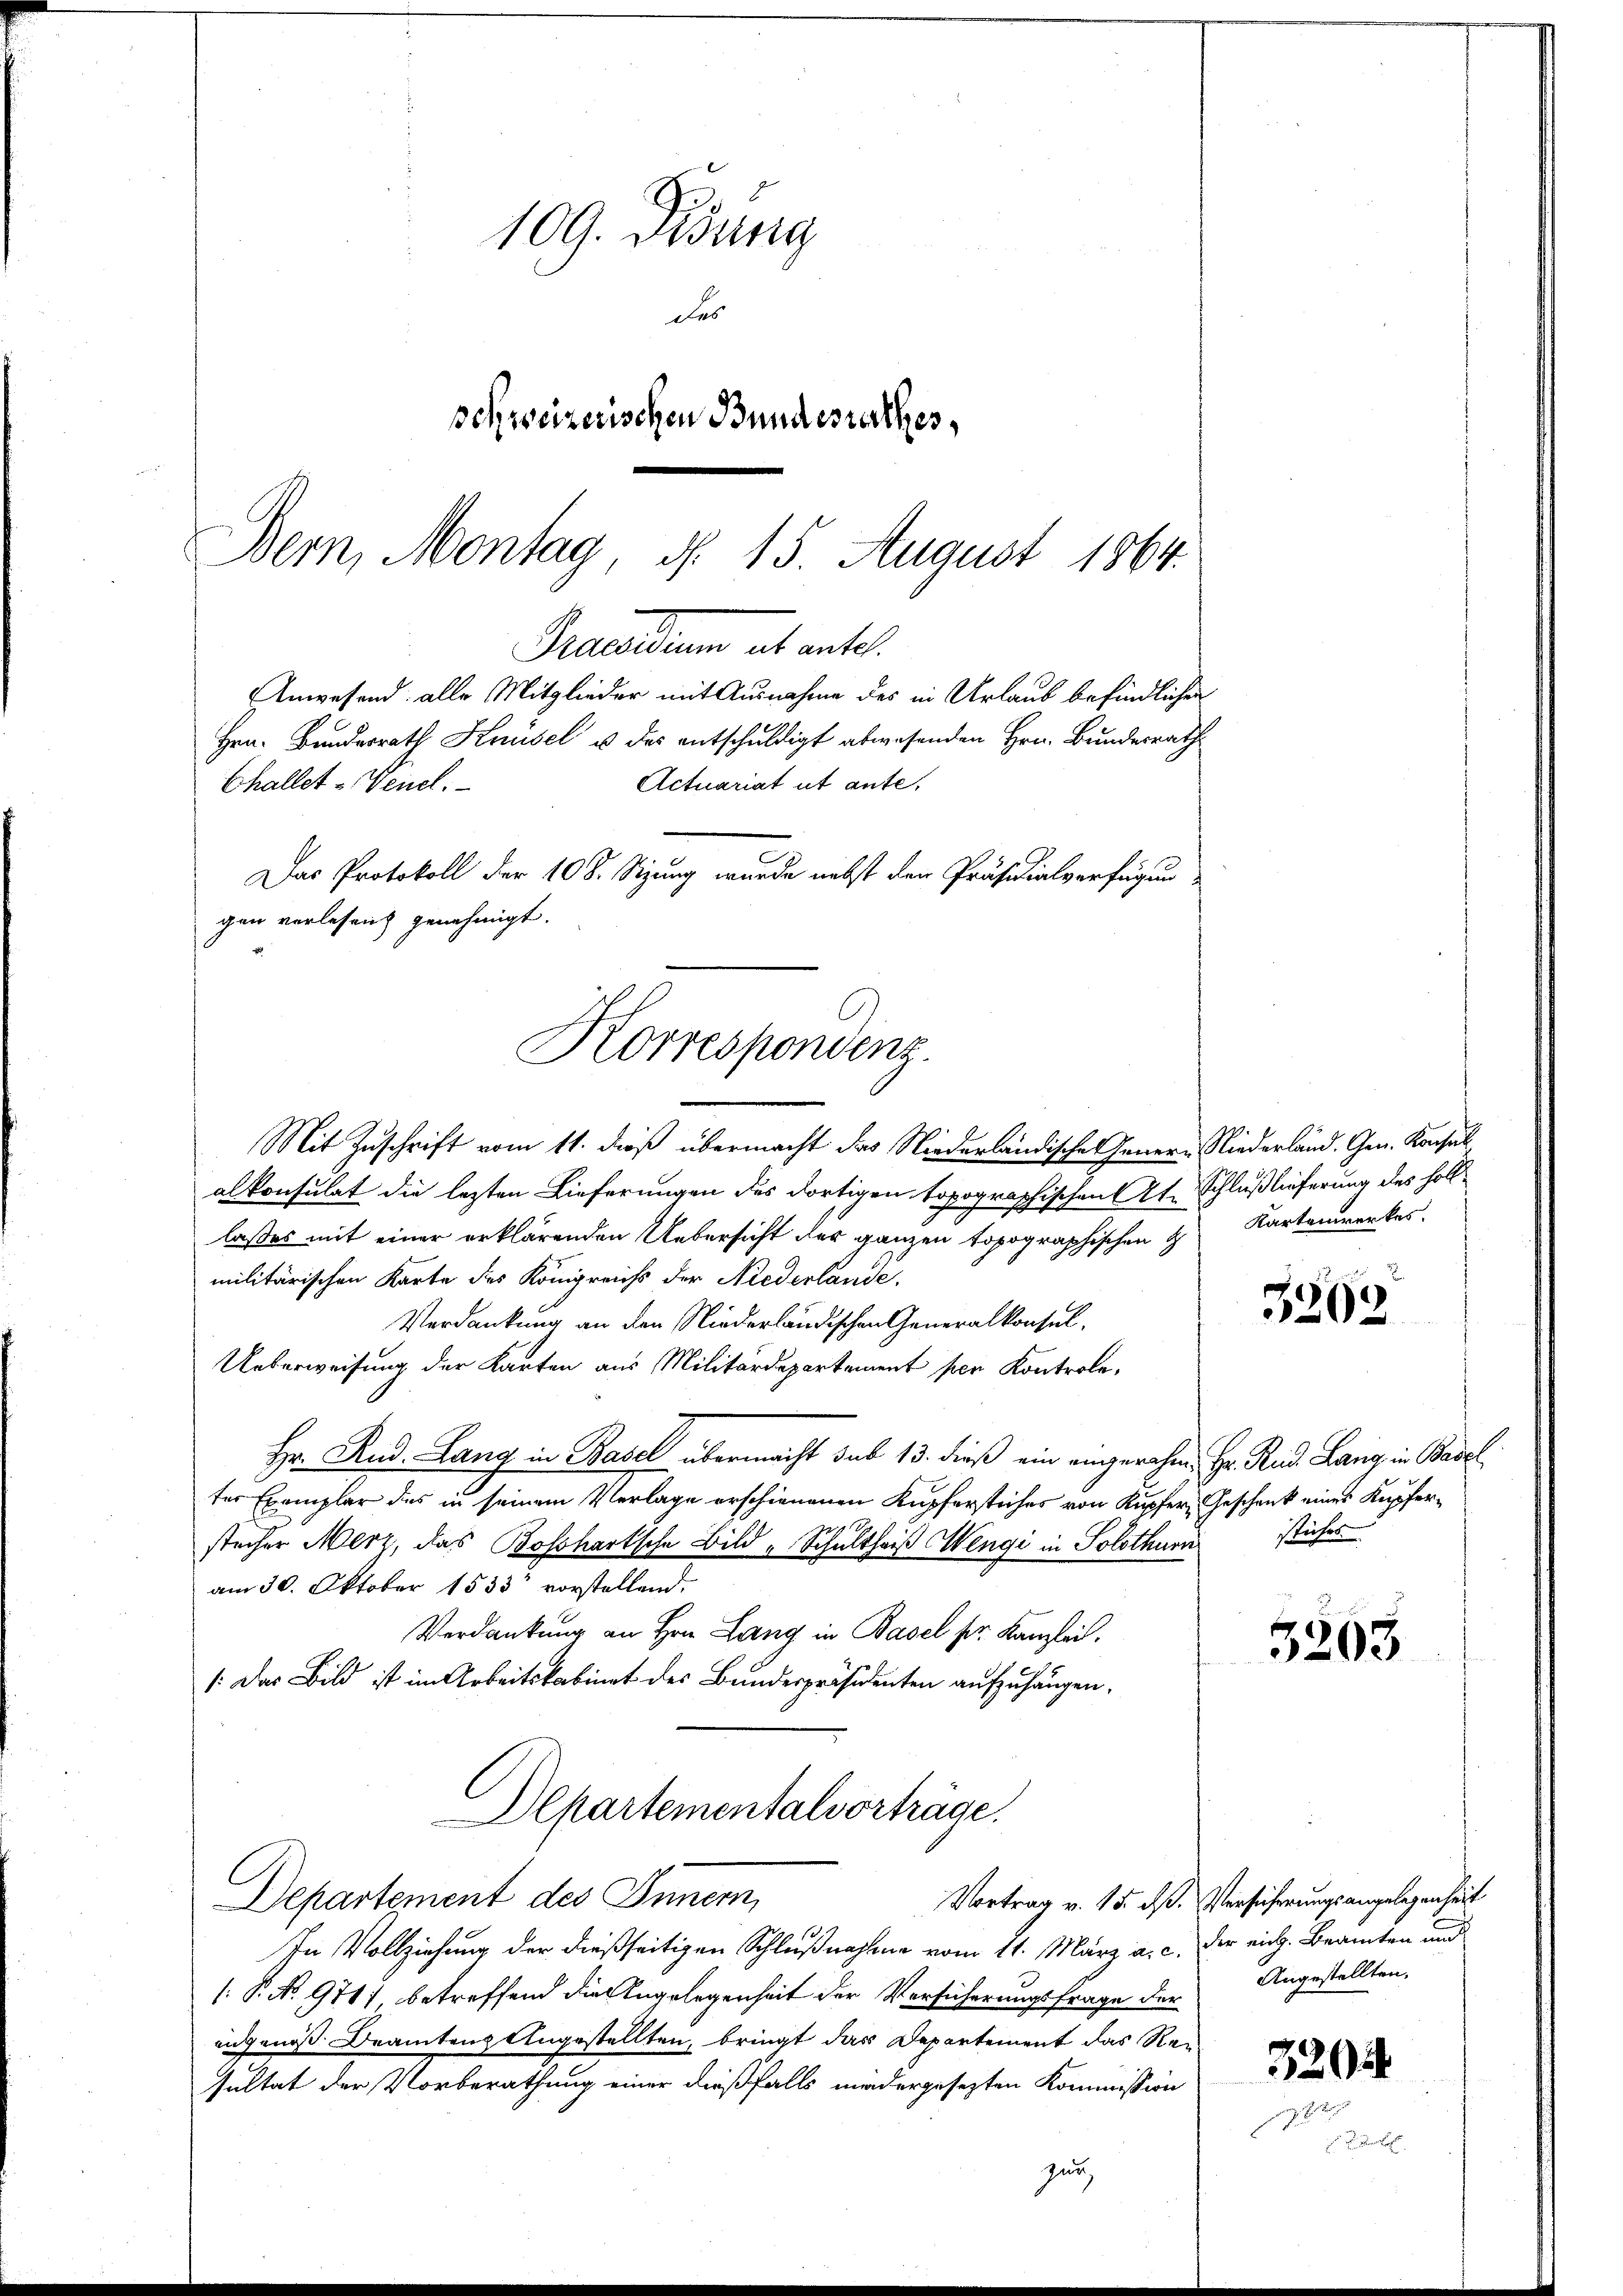
109. Didung
des
schweizerischen Bundesrathes,
Bern, Montag, d. 15. August 1864.

Preellen alt ent¬
Anwesend alle Mitglieder mit Ausnahme des in Urlaub befindlichen
Hrn. Bundesrath Knüsel u. des entschuldigt abwesenden Hrn. Bundesrath
Actuariat ut ante.
Challet Venel.
Das Protokoll der 108. Sizung wurde nebst den Präsidialverfügung
gen verlesen genehmigt.
Korrespondenz.

Mit Zuschrift vom 11. dieß übermacht das Niederländische Genern Niederländ. Gen. Konsul
alkonsulat die lezten Lieferungen des dortigen topographischen Art. Schlußlieferung des Holllasses mit einer erklärenden Uebersicht der ganzen topographischen H
militärischen Karte des Königreichs der Niederlande
Verdankung an den Niederländischen Generalkonsul¬
Ueberweisung der Karten aus Militärdepartement per Kontrole¬
Hr. Rud. Lang in Basel übermacht sub 13. dieß ein eingerahm, Hr. Rud. Lang in Basel
ter Exemplar des in seinem Verlage erschienenen Kupferstiches von Kupfer Geschenk eines Kupferstecher Merz, das Bosshartsche Bild „Schultheiß Wengi in Solothurn
am 30. Oktober 1533 vorstellend.
Verdankung an Hrn. Lang in Basel ser Kanzlei.
1: Der Bild ist im Arbeitskabinet des Bundespräsidenten aufzuhängen,
Departementalvorträge
Departement des Innern,
Vortrag v. 15. ds. Versicherungsangelegenheit
In Vollziehung der dießseitigen Schlußnahme vom 11. März a. c. der rich. Beamten und
: P. No. 971) betreffend die Angelegenheit der Versicherungsfrage der Angestellten,
angenoß Drantenz Angestellten, bringt das Departement das Rei
sultat der Vorberathung einer dießfalls niedergesezten Kommission

zur

Kartenwerkes.

3202

stiches.

3203

32954